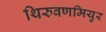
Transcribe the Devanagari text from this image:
थिरुवणमियुर